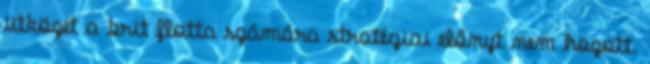
ütközet a brit flotta számára stratégiai előnyt nem hozott.